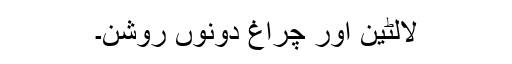
لالٹین اور چراغ دونوں روشن۔